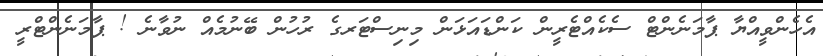
އެހެންވީއްޔާ ޕާމަނެންޓް ސެކެއްޓެރީން ކަންޑައަޅަން މިނިސްޓަރގެ ރުހުން ބޭނުމެއް ނުވާނެ ! ޕާމަނެންޓްރީ